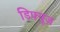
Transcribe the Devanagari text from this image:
डिफ्यूज़